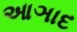
આઞાદ